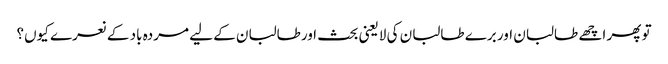
تو پھر اچھے طالبان اور برے طالبان کی لایعنی بحث اورطالبان کے لیے مردہ باد کے نعرے کیوں؟